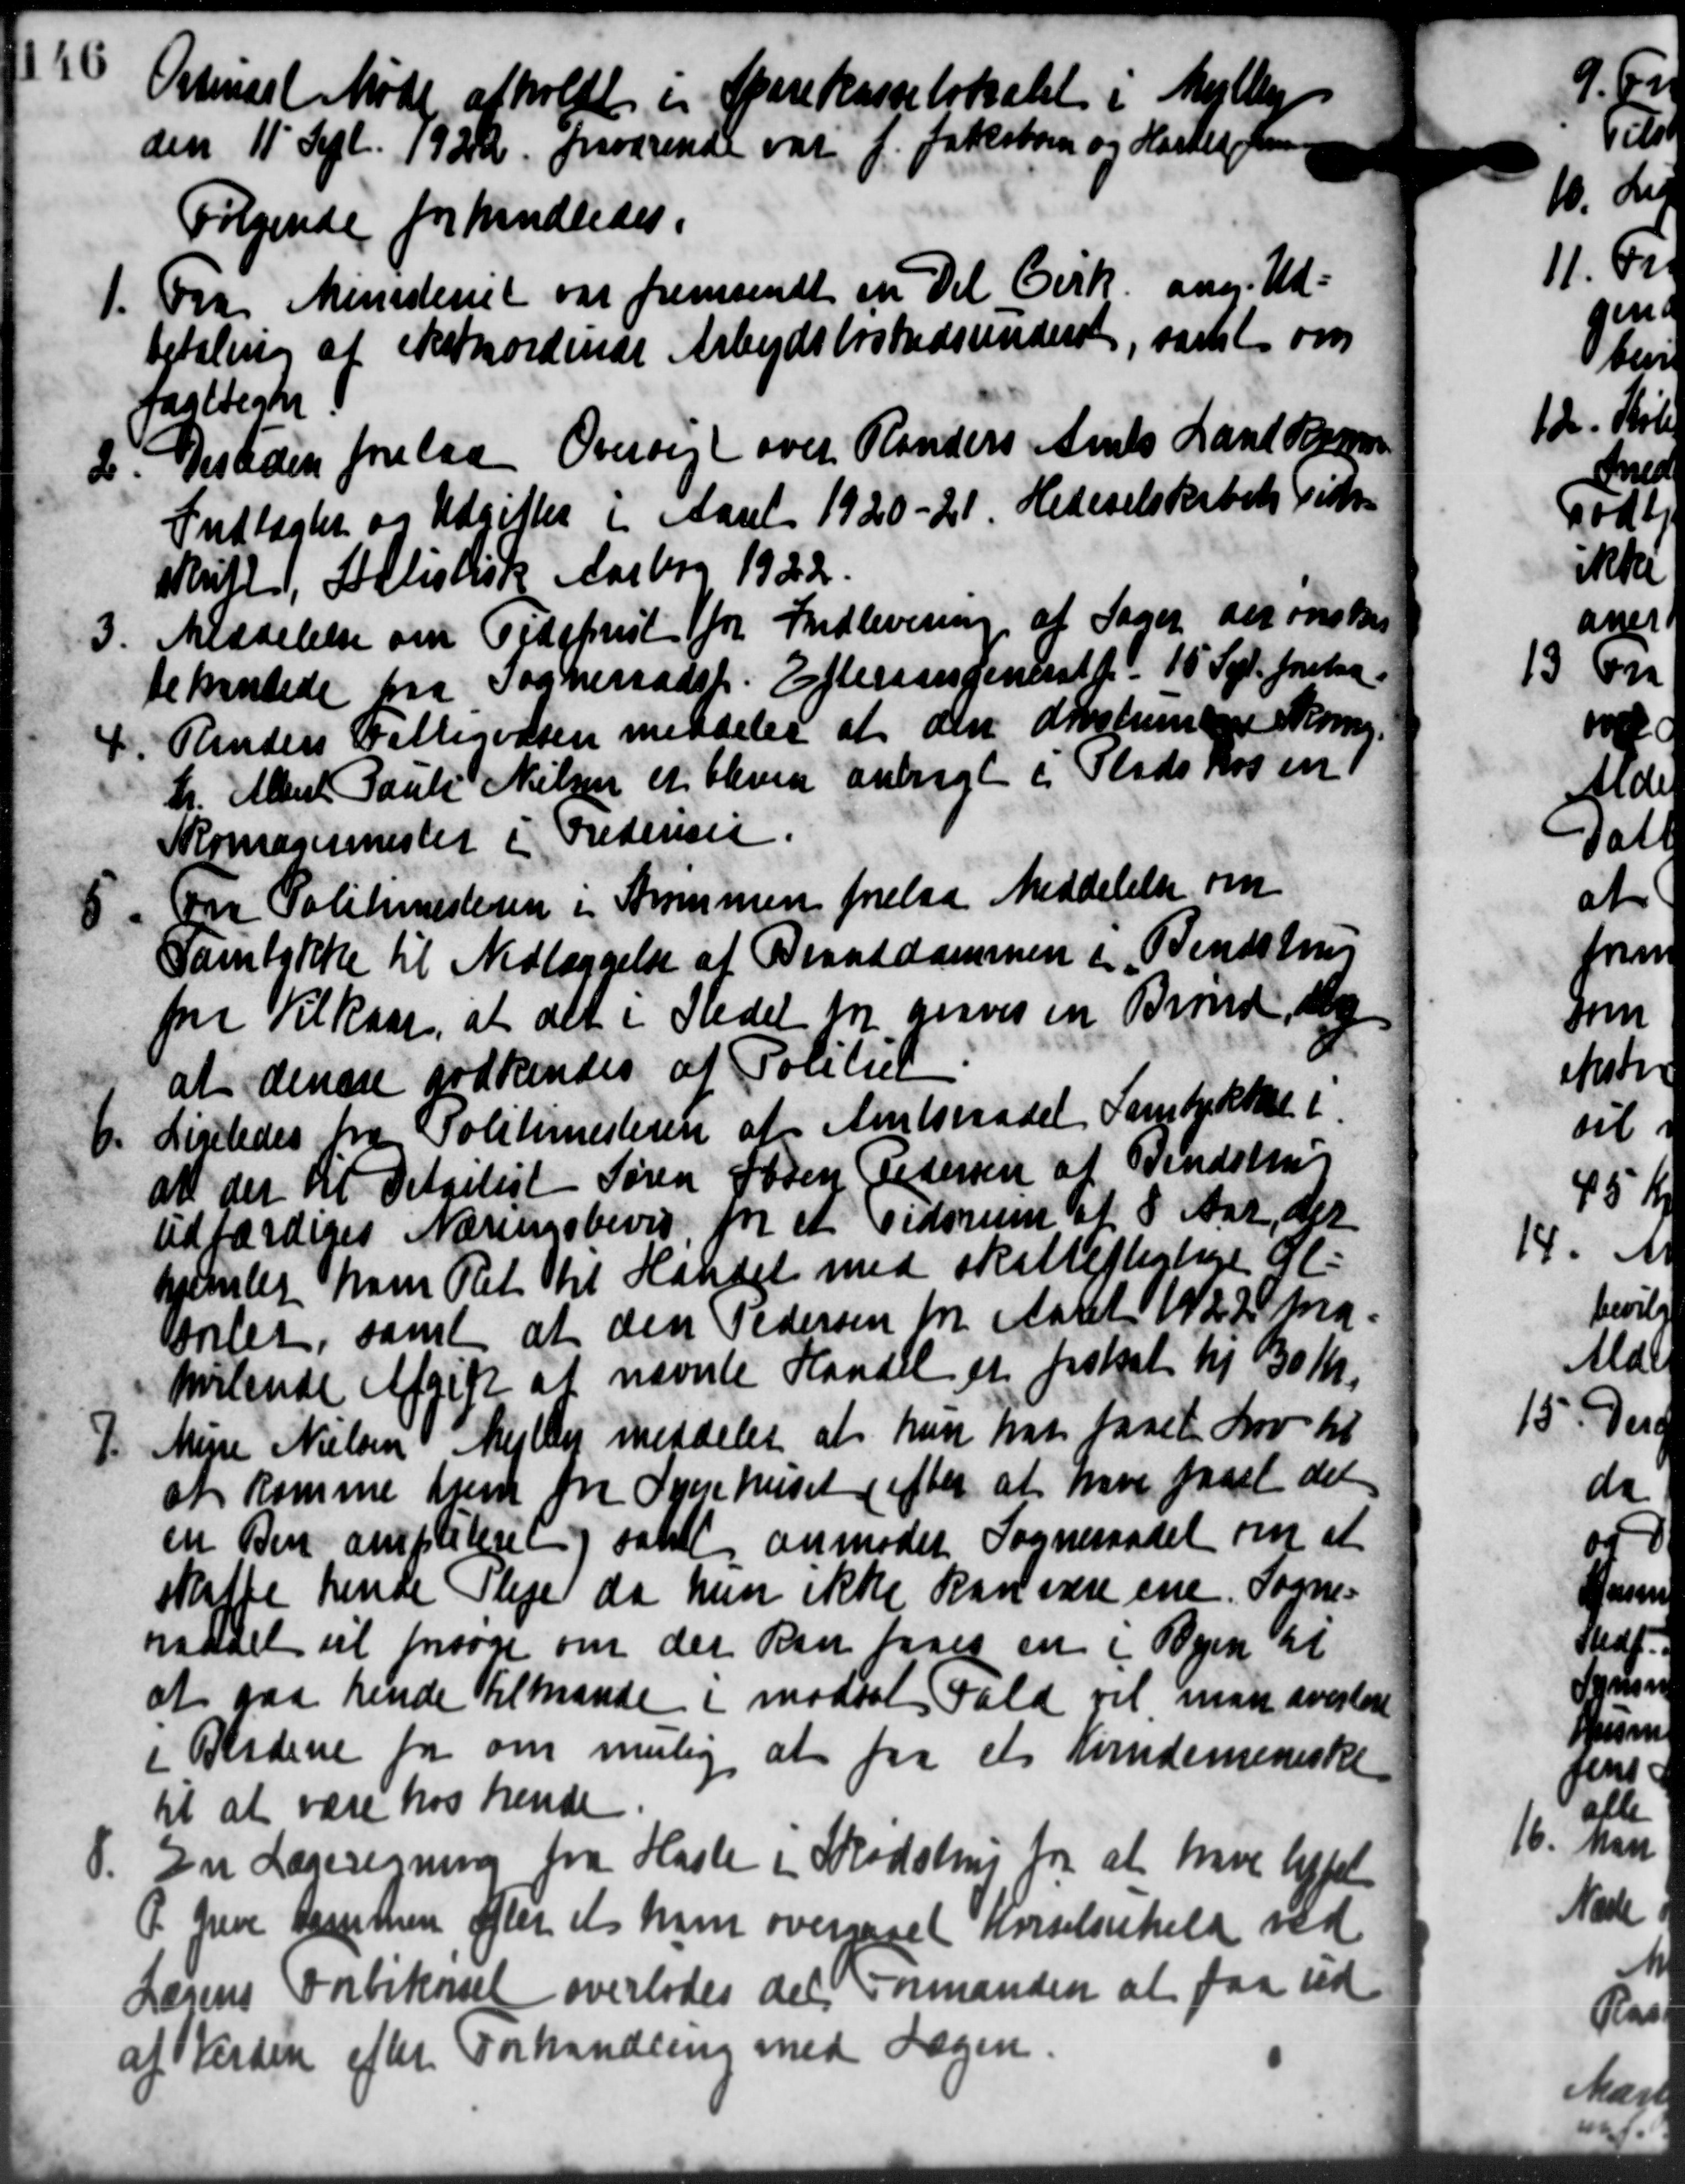
Transskription:
Ostenært Møde afholdt en Sparekasselokalet i Mejlb 4
den 11' Sept. 19212 fraværende var J. Jakobsen og Haslev Jens
Følgende forhandledes.
1. Fra Ministeriet var fremsendt en Del Cirk. ang. Ud-
1. Fra Ministeriet var fremsendt en Del Cirk. ang. Ud-
betaling at ekstnordinær Arbejdsløshedsunderst, samt om
paategne.
2. Destiden forelaa Oversigt over Randers Amts Land Be
2. Destiden forelaa Oversigt over Randers Amts Land Be
Indtægter og Udgifter i Aaret 1920-21. Hedeselskabets Tids-
skutt, Allistisk Aarbog 1922.
3.
Meddelelse om Ordsprest for Indlevering af Sager der ønskes
behandlede paa Sogneraadet. Eftersangenest f. 15 Sept. forelaa.
4. Renders Fattigvæsen meddeles at den døvstummere Skoma-
4. Renders Fattigvæsen meddeles at den døvstummere Skoma-
hr. Albert Pauls Nielsen et bleven anbragt i Pladskosen
Romagermester i Frederikse
5. Fra Politimesteren i Strømmen forelaa Meddelelse om
5. Fra Politimesteren i Strømmen forelaa Meddelelse om
Samtykke til Nedlæggelse af Branddammen i Bendstrup
for Vilkaar, at det i Stedet for gives en Brand, dog
at denne godkendes at Politiet
6.
Ligeledes fra Politimesteren af Amtsraadet Samtykke i
at der at Detailist Søren Søren Pedersen af Vendstru
udfærdiges Næringsbevis for et Tidsrum af 8 Aar, der
hjemler ham Ret til Handel med skattepligtige gl.
rlet, samt at den Pedersen fra Aaret 1922 ma-
hvilende Afgift at nævnte Handel er fastsat til 10 Kr.
P. Mine Nielsen Mejlby meddeler at hun har faaet Lov til
P. Mine Nielsen Mejlby meddeler at hun har faaet Lov til
at komme frem fra Sygehuset efter at have faaet det
en Den ampatiet og samt anmoder Sogneraadet om at
skaffe hende Pleje da hun ikke kan være ene Sogne-
naaalt til forsøge om der kan faaes en i Byen til
at gaa hende tilmande i modsat Fald vil man overlæge
i Bladene for om mulig at fra et Kvindemeniske
til at være hos hende -
En Lægeregning fra Hasle i Skødstrus fra at have Uffel

P. Greve sammen efter et ham overseret kørselsuheld ved
Lægens Fabikørsel overlodes det Formanden at faa ud
af Verden efter Forhandling med Sagen